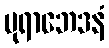
ပုရာဘေဒနံ